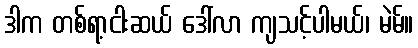
ဒါက တစ်ရာ့ငါးဆယ် ဒေါ်လာ ကျသင့်ပါမယ်၊ မဲမ်။